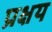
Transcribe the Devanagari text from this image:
प्रक्षय